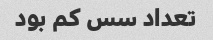
تعداد سس کم بود